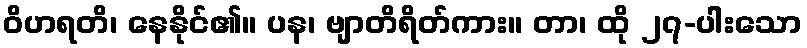
ဝိဟရတိ၊ နေနိုင်၏။ ပန၊ ဗျာတိရိတ်ကား။ တာ၊ ထို ၂၇-ပါးသော